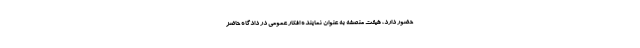
حضور دارد، هیئت منصفه به عنوان نماینده افکار عمومی در دادگاه حاضر